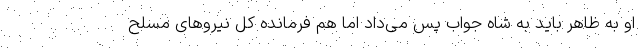
او به ظاهر باید به شاه جواب پس می‌داد اما هم فرمانده کل نیروهای مسلح